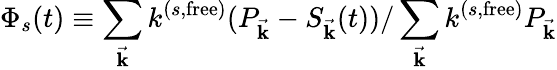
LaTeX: \Phi_{s}(t)\equiv\sum_{{\vec{\mathbf{k}}}}k^{(s,\mathrm{free})}(P_{\vec{\mathbf{k}}}-S_{\vec{\mathbf{k}}}(t))/\sum_{\vec{\mathbf{k}}}k^{(s,\mathrm{free})}P_{\vec{\mathbf{k}}}